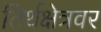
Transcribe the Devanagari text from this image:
तिर्थक्षेत्रवर